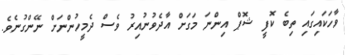
ވާހަކައިގައި ތިބެ ކޮފީ ޝޮޕް އިންނަ މަގަށް އާދެވުނުއިރު ވެސް ދެމީހުންނަށް ނޭންގުނެވެ.